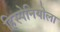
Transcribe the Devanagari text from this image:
हिस्पेनियोला